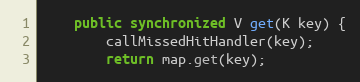
Language: Java
	public synchronized V get(K key) {
		callMissedHitHandler(key);
		return map.get(key);